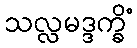
သလ္လမဒ္ဒက္ခိံ